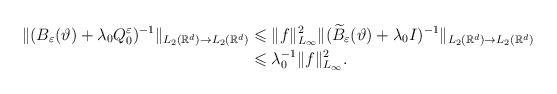
LaTeX: \begin{align*}\Vert (B_\varepsilon (\vartheta)+\lambda_0 Q_0^\varepsilon)^{-1}\Vert _{L_2(\mathbb{R}^d)\rightarrow L_2(\mathbb{R}^d)}&\leqslant \Vert f\Vert ^2 _{L_\infty}\Vert (\widetilde{B}_\varepsilon (\vartheta)+\lambda _0 I)^{-1}\Vert _{L_2(\mathbb{R}^d)\rightarrow L_2(\mathbb{R}^d)}\\&\leqslant \lambda_0^{-1}\Vert f\Vert ^2_{L_\infty}.\end{align*}